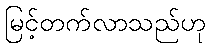
မြင့်တက်လာသည်ဟု